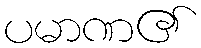
ပမာဏ၏